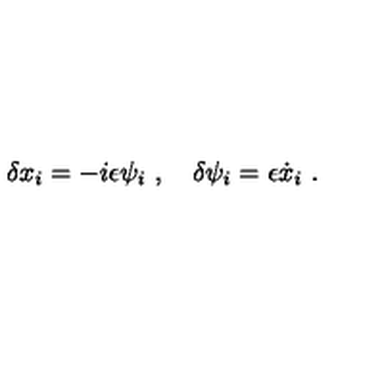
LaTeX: \delta x _ { i } = - i \epsilon \psi _ { i } \ , \quad \delta \psi _ { i } = \epsilon { \dot { x } } _ { i } \ .